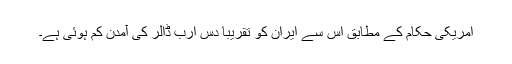
امریکی حکام کے مطابق اس سے ایران کو تقریباً دس ارب ڈالر کی آمدن کم ہوئی ہے۔